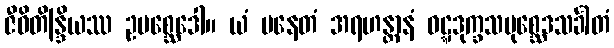
ဇီဝိတိန္ဒြိယဿ ဥပစ္ဆေဒေါ။ ယံ ပနေတံ အရဟန္တာနံ ဝဋ္ဋဒုက္ခသမုစ္ဆေဒသင်္ခါတံ